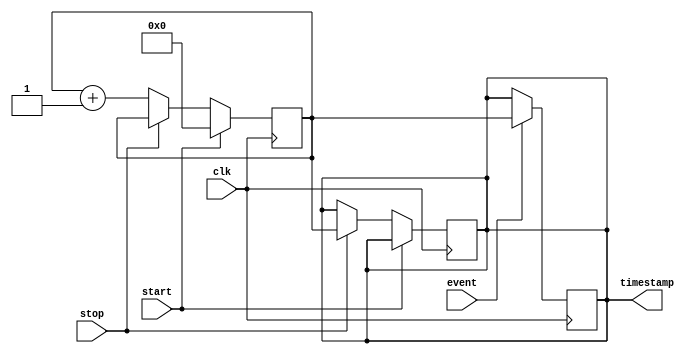
module time_stamping_timer (
    input clk,             // high resolution clock input
    input start,           // control signal to start the timer
    input stop,            // control signal to stop the timer
    input event,           // input signal to timestamp
    output reg [31:0] timestamp // timestamp output
);

reg [31:0] count; // internal counter to measure time duration

always @(posedge clk) begin
    if (start) begin
        count <= 0; // reset counter when start signal is asserted
    end else if (stop) begin
        timestamp <= count; // capture timestamp when stop signal is asserted
    end else begin
        count <= count + 1; // increment counter each clock cycle
    end
end

always @(posedge clk) begin
    if (event) begin
        timestamp <= count; // synchronize timestamp with event
    end
end

endmodule